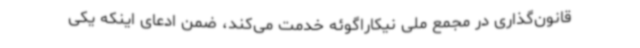
قانون‌گذاری در مجمع ملی نیکاراگوئه خدمت می‌کند، ضمن ادعای اینکه یکی